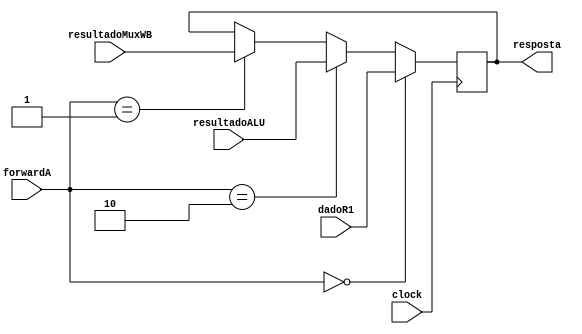
module muxForwardA(clock, resultadoALU, resultadoMuxWB, dadoR1, forwardA, resposta);

    input clock;
    input [31:0] resultadoALU;
    input [31:0] resultadoMuxWB;
    input [31:0] dadoR1;
    input [1:0] forwardA;

    output reg [31:0] resposta;
    always @ (posedge clock)begin
        if(forwardA == 2'b00)begin
            resposta = dadoR1;
        end else if(forwardA == 2'b10)begin
            resposta = resultadoALU;
        end else if(forwardA == 2'b01) begin
            resposta = resultadoMuxWB;
        end
    end
endmodule